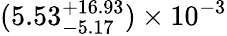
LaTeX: (5.53_{-5.17}^{+16.93})\times 10^{-3}